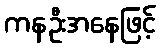
ကနဦးအနေဖြင့်